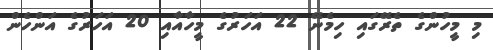
މި މީހުންގެ ތެރޭގައި ހިމެނޭ 22 އަހަރުގެ މީހާއާއި 20 އަހަރުގެ އަންހެން